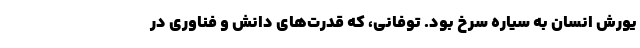
یورش انسان به سیاره سرخ بود. توفانی، که قدرت‌های دانش و فناوری در